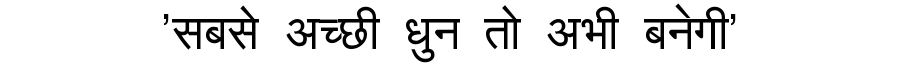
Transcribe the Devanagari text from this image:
'सबसे अच्छी धुन तो अभी बनेगी'